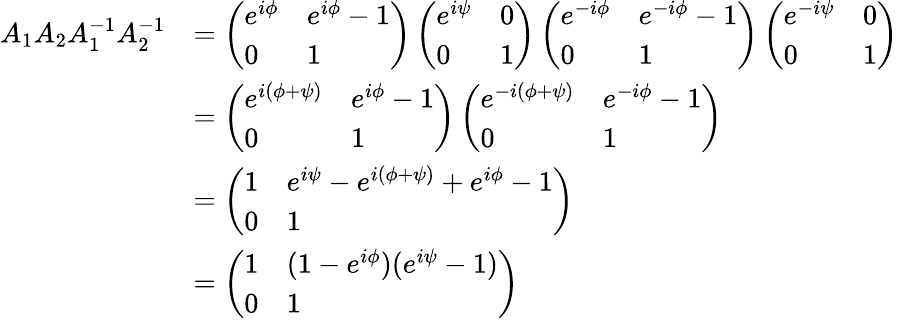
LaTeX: \begin{array}{rl}{A_{1}A_{2}A_{1}^{-1}A_{2}^{-1}}&{=\left(\begin{array}{ll}{e^{i\phi}}&{e^{i\phi}-1}\\ {0}&{1}\end{array}\right)\left(\begin{array}{ll}{e^{i\psi}}&{0}\\ {0}&{1}\end{array}\right)\left(\begin{array}{ll}{e^{-i\phi}}&{e^{-i\phi}-1}\\ {0}&{1}\end{array}\right)\left(\begin{array}{ll}{e^{-i\psi}}&{0}\\ {0}&{1}\end{array}\right)}\\ &{=\left(\begin{array}{ll}{e^{i(\phi+\psi)}}&{e^{i\phi}-1}\\ {0}&{1}\end{array}\right)\left(\begin{array}{ll}{e^{-i(\phi+\psi)}}&{e^{-i\phi}-1}\\ {0}&{1}\end{array}\right)}\\ &{=\left(\begin{array}{ll}{1}&{e^{i\psi}-e^{i(\phi+\psi)}+e^{i\phi}-1}\\ {0}&{1}\end{array}\right)}\\ &{=\left(\begin{array}{ll}{1}&{(1-e^{i\phi})(e^{i\psi}-1)}\\ {0}&{1}\end{array}\right)}\end{array}